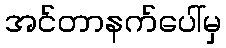
အင်တာနက်ပေါ်မှ